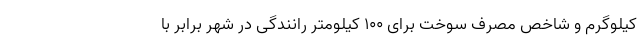
کیلوگرم و شاخص مصرف سوخت برای 100 کیلومتر رانندگی در شهر برابر با